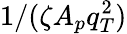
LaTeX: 1/(\zeta A_{p}q_{T}^{2})